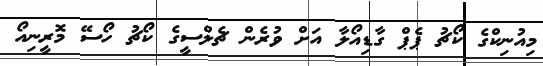
މިއުނިކްގެ ކޯޗު ޕެޕް ގާޑިއޯލާ އަށް ވުރެން ޗެލްސީގެ ކޯޗު ހޯސޭ މޮރީނިއޯ